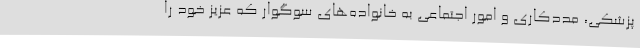
پزشکی، مددکاری و امور اجتماعی به خانواده‌های سوگوار که عزیز خود را